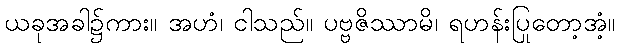
ယခုအခါ၌ကား။ အဟံ၊ ငါသည်။ ပဗ္ဗဇိဿာမိ၊ ရဟန်းပြုတော့အံ့။